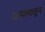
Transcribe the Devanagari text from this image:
अमलातून